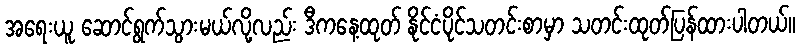
အရေးယူ ဆောင်ရွက်သွားမယ်လို့လည်း ဒီကနေ့ထုတ် နိုင်ငံပိုင်သတင်းစာမှာ သတင်းထုတ်ပြန်ထားပါတယ်။